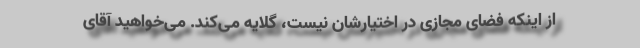
از اینکه فضای مجازی در اختیارشان نیست، گلایه می‌کند. می‌‌خواهید آقای